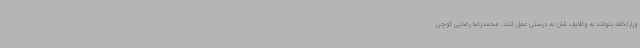
وزارتخانه بتوانند به وظایف شان به درستی عمل کنند. محمدرضا رضایی کوچی